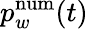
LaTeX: p_{w}^{\mathrm{num}}(t)